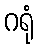
ဂရုံ